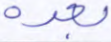
بعده